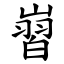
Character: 㠄